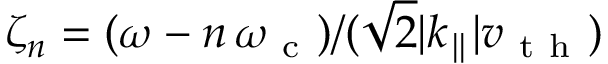
\zeta _ { n } = ( \omega - n \, \omega _ { \mathrm { ~ c ~ } } ) / ( \sqrt { 2 } | k _ { \parallel } | v _ { \mathrm { ~ t ~ h ~ } } )